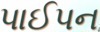
પાઈપન